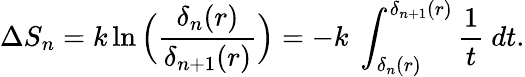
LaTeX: \Delta S_{n}=k\ln\Big({\frac{\delta_{n}(r)}{\delta_{n+1}(r)}}\Big)=-k\ \int_{\delta_{n}(r)}^{\delta_{n+1}(r)}{\frac{1}{t}}\ dt.